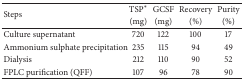
<table><thead><tr><td rowspan="2"><b>Steps</b></td><td><b>TSP<sup><i>∗</i></sup></b></td><td><b>GCSF</b></td><td><b>Recovery</b></td><td><b>Purity</b></td></tr><tr><td><b>(mg)</b></td><td><b>(mg)</b></td><td><b>(%)</b></td><td><b>(%)</b></td></tr></thead><tbody><tr><td>Culture supernatant</td><td>720</td><td>122</td><td>100</td><td>17</td></tr><tr><td>Ammonium sulphate precipitation</td><td>235</td><td>115</td><td>94</td><td>49</td></tr><tr><td>Dialysis</td><td>212</td><td>110</td><td>90</td><td>52</td></tr><tr><td>FPLC purification (QFF)</td><td>107</td><td>96</td><td>78</td><td>90</td></tr></tbody></table>